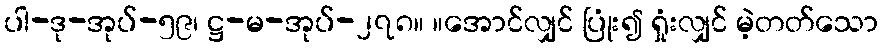
ပါ-ဒု-အုပ်-၅၉၊ ဋ္ဌ-မ-အုပ်-၂၇၈။ ။အောင်လျှင် ပြုံး၍ ရှုံးလျှင် မဲ့တတ်သော